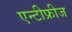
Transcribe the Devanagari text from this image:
एन्टीफ्रीज